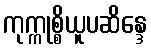
ကုက္ကုစ္စိယူပဆိန္ဒေ